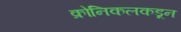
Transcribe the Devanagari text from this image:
क्रोनिकलकडून